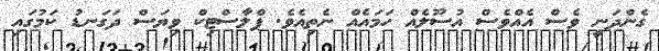
ގެންދަނީ ވެސް އެއްވެސް އުސޫލެއް ހަމައެއް ނެތިއެވެ. ޕްލާސްޓިކް ވިޔަސް ދަގަނޑު ކަމުގައި